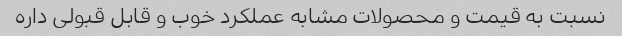
نسبت به قیمت و محصولات مشابه عملکرد خوب و قابل قبولی داره